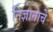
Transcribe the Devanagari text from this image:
निज्ञानाचे